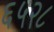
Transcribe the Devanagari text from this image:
६५२८